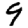
Digit: 9